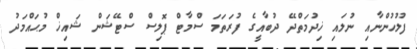
ފުލުހުންނާއި ނުލައި ޚިދުމަތްދޭ ދުބާއީގެ ފުރަތަމަ ސްމާޓް ޕޮލިސް ސްޓޭޝަން ޝައިޚް މުޙައްމަދު